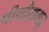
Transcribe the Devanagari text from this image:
पीथौरागढ़